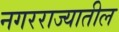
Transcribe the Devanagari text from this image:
नगरराज्यातील